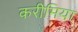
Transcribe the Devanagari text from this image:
करीमिया